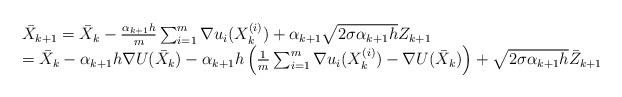
LaTeX: \begin{align*}\begin{array}{l}\bar X_{k+1} = \bar{X}_k-\frac{\alpha_{k+1}h}{m}\sum_{i=1}^m \nabla u_i(X^{(i)}_k) +\alpha_{k+1} \sqrt{2\sigma\alpha_{k+1}h} Z_{k+1}\\ = \bar{X}_k-\alpha_{k+1} h\nabla U(\bar{X}_k)-\alpha_{k+1}h\left(\frac{1}{m}\sum_{i=1}^m \nabla u_i(X^{(i)}_k)-\nabla U(\bar{X}_k)\right)+\sqrt{2\sigma\alpha_{k+1}h} \bar Z_{k+1}\end{array}\end{align*}